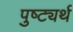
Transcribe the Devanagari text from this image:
पुष्ट्यर्थ